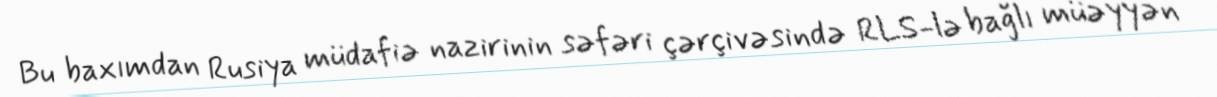
Bu baxımdan Rusiya müdafiə nazirinin səfəri çərçivəsində RLS-lə bağlı müəyyən